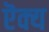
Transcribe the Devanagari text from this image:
ऎक्य